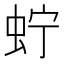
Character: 𧉞